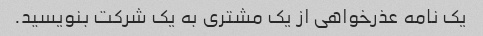
یک نامه عذرخواهی از یک مشتری به یک شرکت بنویسید.